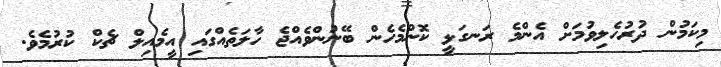
މިކަމުން ދުރުހެލިވުމަށް އެންމެ ރަނގަޅީ ކޮންމެހެން ބޭނުންވެއްޖެ ހާލަތެއްގައި އީމެއިލް ޗެކް ކުރުމެވެ.